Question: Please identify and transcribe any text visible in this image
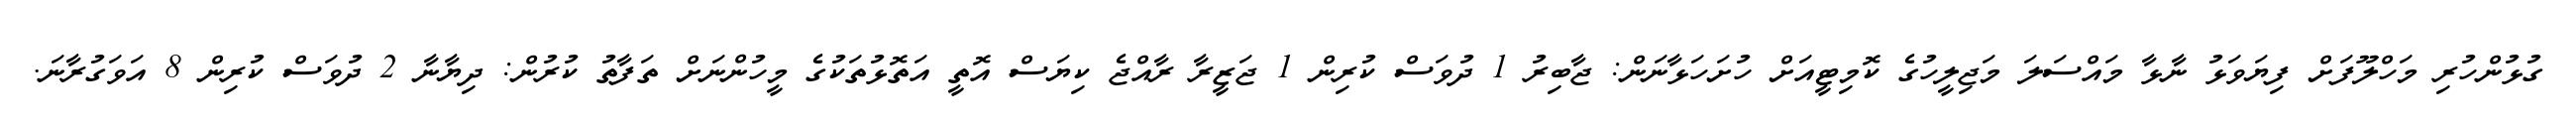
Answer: ގުޅުންހުރި މަހްލޫފަށް ފިޔަވަޅު ނާޅާ މައްސަލަ މަޖިލީހުގެ ކޮމިޓީއަށް ހުށަހަޅާނަން: ޖާބިރު 1 ދުވަސް ކުރިން 1 ޖަޒީރާ ރާއްޖެ ކިޔަސް އޮތީ އަތޮޅުތަކުގެ މީހުންނަށް ތަފާތު ކުރުން: ދިޔާނާ 2 ދުވަސް ކުރިން 8 އަވަގުރާނަ.